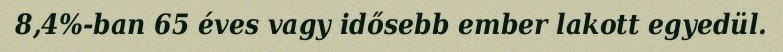
8,4%-ban 65 éves vagy idősebb ember lakott egyedül.